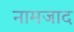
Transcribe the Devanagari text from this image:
नामजाद